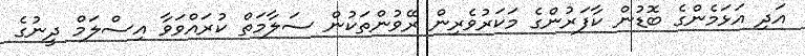
އަދި އަޅަމެންގެ ބޮޑުން ކާފަރުންގެ މަކަރުވެރިން ރޭވުންތަކުން ސަލާމަތް ކުރައްވަވާ އިސްލަމް ދީނުގެ